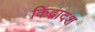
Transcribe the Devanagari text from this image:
किद्वादश